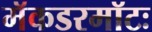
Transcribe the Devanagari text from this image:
मॅकडरमॉटः